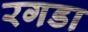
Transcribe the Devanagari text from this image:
रगडा